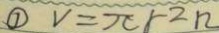
\textcircled { 1 } V = \pi r ^ { 2 } h